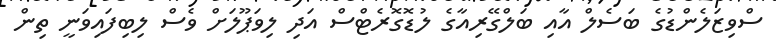
ސްވިޒަލެންޑުގެ ބަސެލް އާއި ބަލްގޭރިއާގެ ލުޑޮގޮރެޓްސް އަދި ލިވަޕޫލަށް ވެސް ލިބިފައިވަނީ ތިން